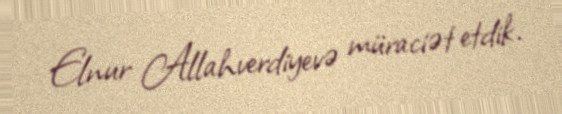
Elnur Allahverdiyevə müraciət etdik.